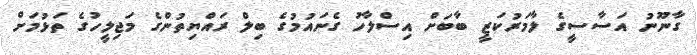
ގާނޫނު އަސާސީގެ ލާމަރުކަޒީ ބާބަށް އިސްލާހު ގެނައުމުގެ ބިލް ރައްޔިތުންގެ މަޖިލީހުގެ ތަޅުމަށް